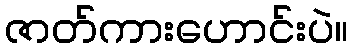
ဇာတ်ကားဟောင်းပဲ။